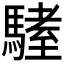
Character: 𩥏